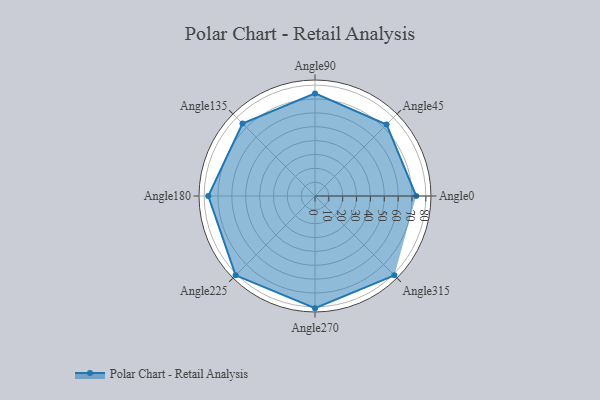
{"axis": {"x": "Angle", "y": "Radius"}, "legend": [""], "data": [{"x": "Angle0", "y": 73.0, "type": ""}, {"x": "Angle45", "y": 73.0, "type": ""}, {"x": "Angle90", "y": 74.0, "type": ""}, {"x": "Angle135", "y": 74.0, "type": ""}, {"x": "Angle180", "y": 77.0, "type": ""}, {"x": "Angle225", "y": 81.0, "type": ""}, {"x": "Angle270", "y": 81.0, "type": ""}, {"x": "Angle315", "y": 81.0, "type": ""}]}